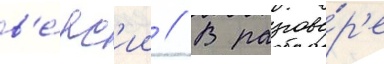
в'е́рс'ии // В разгово́р'е